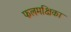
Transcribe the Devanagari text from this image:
फलमक्षिका